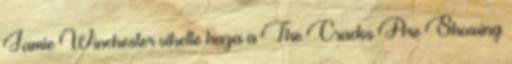
Jamie Winchester vihette haza a The Cracks Are Showing